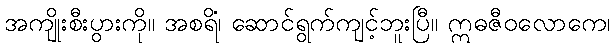
အကျိုးစီးပွားကို။ အစရိံ၊ ဆောင်ရွက်ကျင့်ဘူးပြီ။ ဣဓဇီဝလောကေ၊